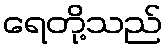
ရေတို့သည်